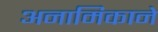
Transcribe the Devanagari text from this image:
अनामिकाने